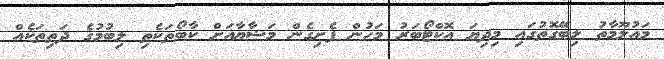
މައުލޫމާތު ލިބޭގޮތުގައި މިދިޔަ އޮކްޓޯބަރު މަހުން ފެށިގެން މަޟާޔާއަށް ކާބޯތަކެތި ލިބުމުގެ ދަތިތަކެއް